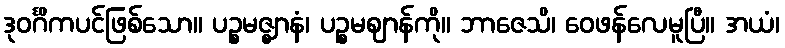
ဒုဝင်္ဂိကပင်ဖြစ်သော။ ပဉ္စမဇ္ဈာနံ၊ ပဉ္စမဈာန်ကို။ ဘာဇေသိ၊ ဝေဖန်လေမူပြီ။ အယံ၊